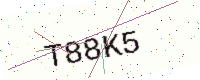
Text: T88K5